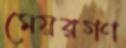
মেয়রগণ